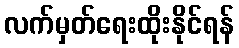
လက်မှတ်ရေးထိုးနိုင်ရန်